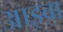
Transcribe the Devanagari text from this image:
आइवा